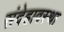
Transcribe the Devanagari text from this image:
संदेहावस्था